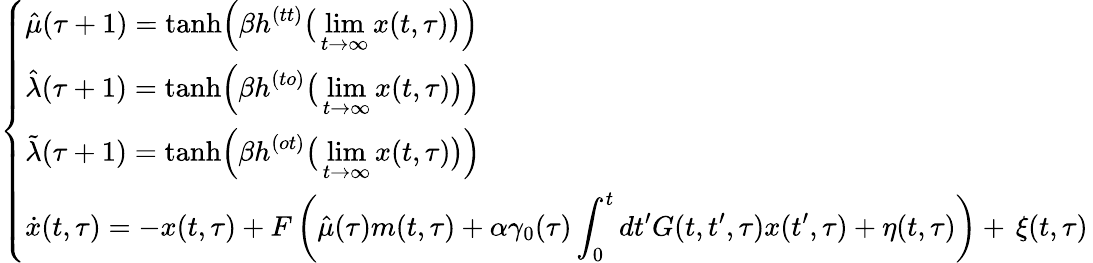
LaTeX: \left\{ \begin{array}{l}{\displaystyle\hat{\mu}(\tau+1)=\mathrm{tanh}\Big(\beta h^{(tt)}\big(\operatorname*{lim}_{t\rightarrow\infty}x(t,\tau)\big)\Big)}\\ {\displaystyle\hat{\lambda}(\tau+1)=\mathrm{tanh}\Big(\beta h^{(to)}\big(\operatorname*{lim}_{t\rightarrow\infty}x(t,\tau)\big)\Big)}\\ {\displaystyle\tilde{\lambda}(\tau+1)=\mathrm{tanh}\Big(\beta h^{(ot)}\big(\operatorname*{lim}_{t\rightarrow\infty}x(t,\tau)\big)\Big)}\\ {\displaystyle\dot{x}(t,\tau)=-x(t,\tau)+F\left(\hat{\mu}(\tau)m(t,\tau)+\alpha\gamma_{0}(\tau)\int_{0}^{t}dt^{\prime}G(t,t^{\prime},\tau)x(t^{\prime},\tau)+\eta(t,\tau)\right)+\, \xi(t,\tau)}\end{array}\right.\,